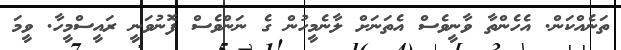
ތަނެއްކަން. އެހެންތާ ވާނީވެސް އެތަނަށް ލާނެމީހުން ގެ ނަންވެސް ފޮނުވަނީ ރައީސްމީހާ. ވީމަ